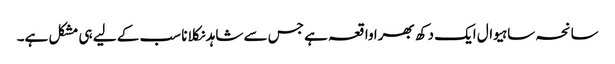
سانحہ ساہیوال ایک دکھ بھرا واقعہ ہے جس سے شاہد نکلانا سب کے لیے ہی مشکل ہے۔